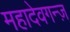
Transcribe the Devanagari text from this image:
महादेवगन्ज़